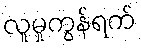
လူမှုကွန်ရက်